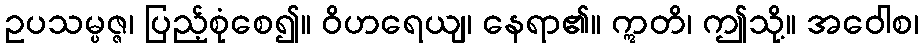
ဥပသမ္ပဇ္ဇ၊ ပြည့်စုံစေ၍။ ဝိဟရေယျ၊ နေရာ၏။ ဣတိ၊ ဤသို့။ အဝေါစ၊